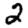
Digit: 2